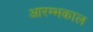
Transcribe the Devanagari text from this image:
आरम्भकाल